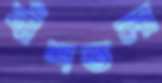
বাঁশতলা